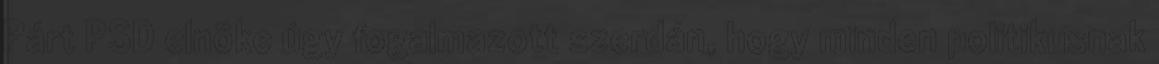
Párt PSD elnöke úgy fogalmazott szerdán, hogy minden politikusnak